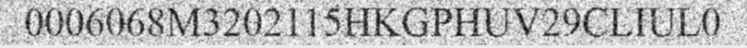
0006068M3202115HKGPHUV29CLIUL0